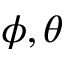
\phi , \theta